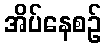
အိပ်နေစဉ်